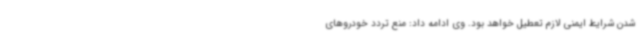
شدن شرایط ایمنی لازم تعطیل خواهد بود. وی ادامه داد: منع تردد خودروهای